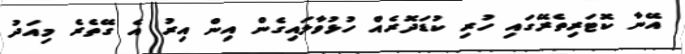
އޭނާ ކޮޓަރިތެރޭގައި ހުރި ކުޑަދޮރެއް ހުޅުވާލައިގެން އިން އިރު އެ ގޭތެރެ މިއަދު